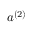
a ^ { ( 2 ) }